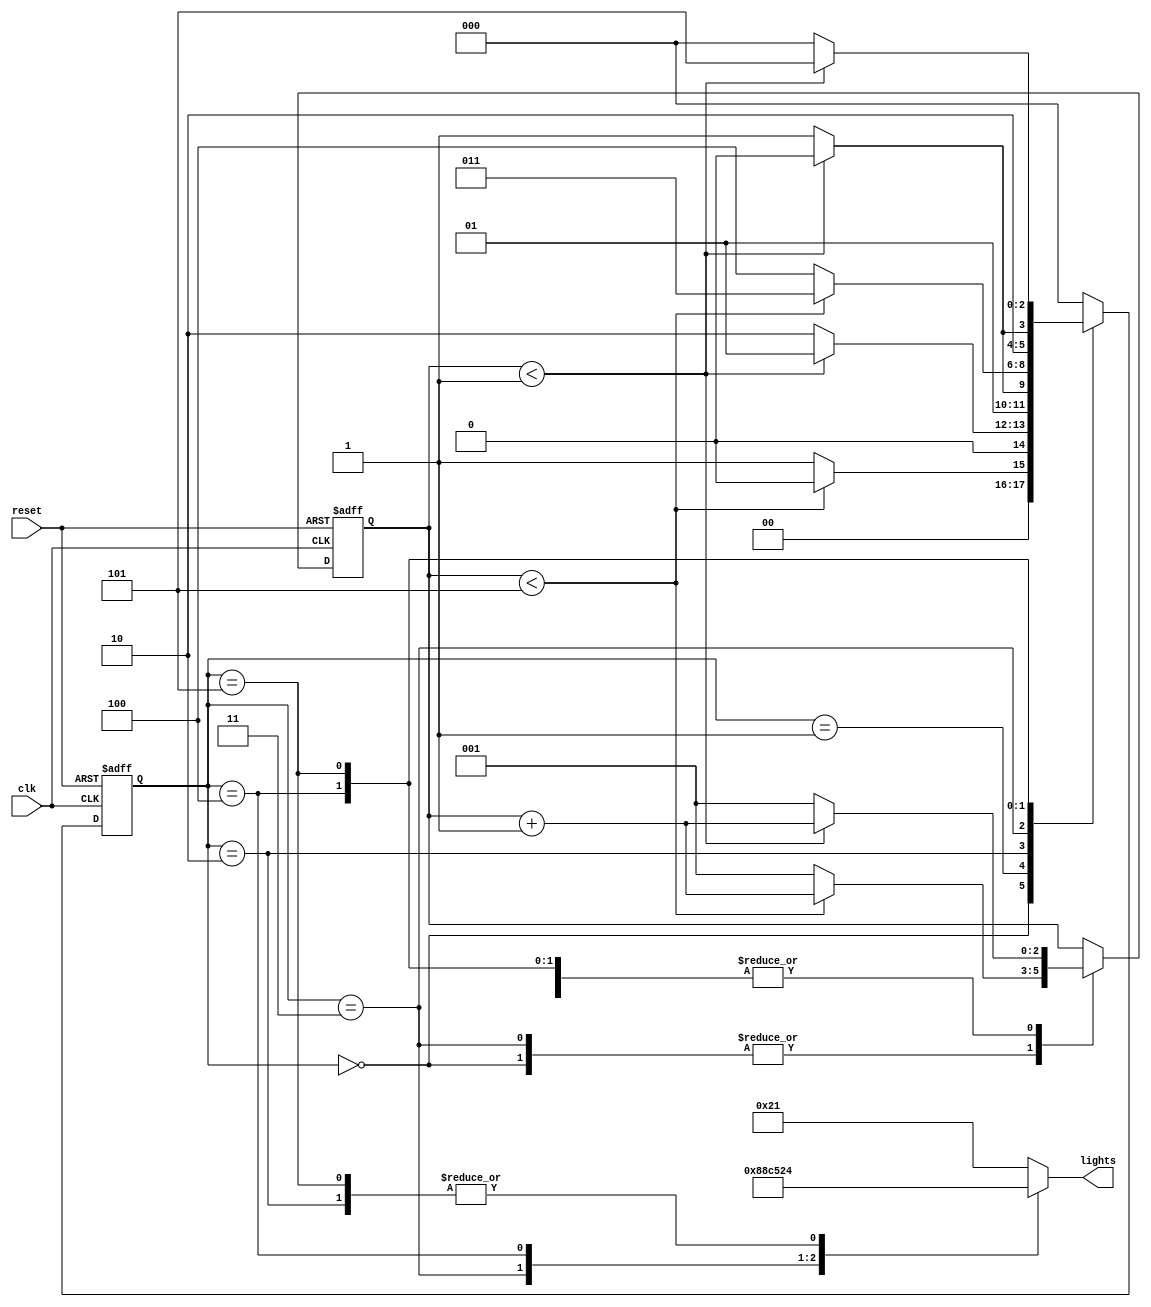
module traffic_light(reset,lights,clk);
	localparam s0 = 3'b000, s1 = 3'b001, s2 = 3'b010, s3 = 3'b011, s4 = 3'b100, s5 = 3'b101;
	localparam delay1 = 4'd5, delay2 = 4'd1;
	
	input reset;
	input clk;
	reg [2:0] state;
	reg [2:0] q_count; //time
	output reg [5:0] lights; //e-w [5:3] n-s [2:0]
//state transition

	always@(posedge clk or posedge reset)
	begin
		if(reset)
		begin
			state <= s0;
			q_count <= 1;
		end
		else if(clk)
		begin
			case(state)
			s0: begin
				if(q_count < delay1) 
				begin 
					state <= s0; 
					q_count <= q_count + 1;
				end
				else begin 
					state <= s1;
					q_count <= 1;
				end
			end
			
			s1: begin
				if(q_count<delay2) 
				begin 
					state <= s1; 
					q_count <= q_count+1;
				end
				else begin
					state <= s2; 
					q_count <= 1;
				end
			end
			
			s2: begin
				if(q_count<delay2) 
				begin 
					state <= s2; 
					q_count <= q_count + 1;
				end
				else begin
					state <= s3; 
					q_count <= 1;
				end
			end
			
			s3: begin
				if(q_count<delay1) 
				begin 
					state <= s3; 
					q_count <= q_count+1;
				end
				else begin
					state <= s4; 
					q_count <= 1;
				end
			end
			
			s4: begin
				if(q_count<delay2) 
				begin 
					state <= s4; 
					q_count <= q_count+1;
				end
				else begin
					state <= s5; 
					q_count <= 1;
				end
			end
			
			s5: begin
				if(q_count<delay2) 
				begin 
					state <= s5; 
					q_count <= q_count+1;
				end
				else begin
					state <= s0; 
					q_count <= 1;
				end
			end
			
			default: begin
				state <= s0;
				end
		endcase
	end
	end
	
	//logic output each state
	//red 100 yellow 010 green 001 
	always@(*) 
	begin
		case(state) 
			s0: begin
				lights = 6'b100001; //ew red 100 sn green 001
			end
			s1: begin
				lights = 6'b100010; //ew red 100 ns yellow 010
			end
			
			s2: begin
				lights = 6'b100100; //ew red 100 ns red 100
			end
			s3: begin
				lights = 6'b001100; //ew green 001 ns red 100
			end
			s4: begin
				lights = 6'b010100; //ew yellow 010 ns red 100
			end
			s5: begin
				lights = 6'b100100; //ew red 100 ns red 100
			end
			default: begin
				lights = 6'b100001;
			end
			
		endcase
	end
endmodule